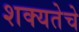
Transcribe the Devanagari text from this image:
शक्यतेचे